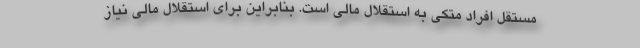
مستقل افراد متکی به استقلال مالی است. بنابراین برای استقلال مالی نیاز